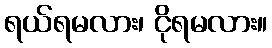
ရယ်ရမလား၊ ငိုရမလား။